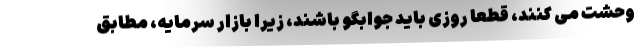
وحشت می کنند، قطعا روزی باید جوابگو باشند، زیرا بازار سرمایه، مطابق